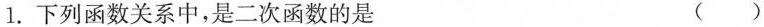
1.下列函数关系中，是二次函数的是 ()